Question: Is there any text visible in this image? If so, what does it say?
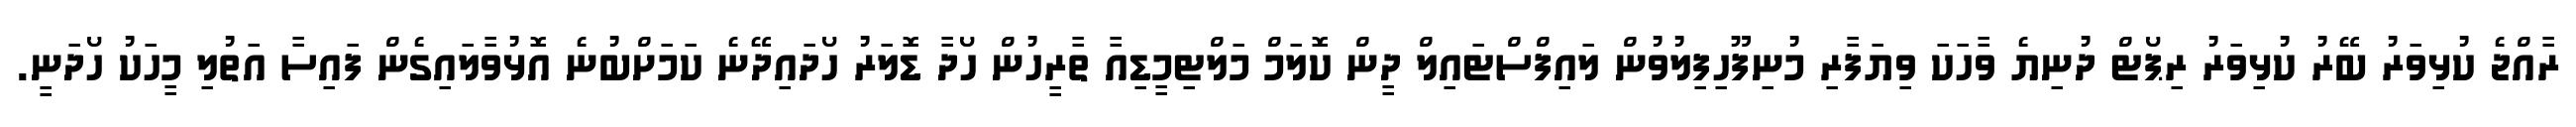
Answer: ރާއްޖެ ކުޅިވަރު ބޭރު ކުޅިވަރު ރިޕޯޓް ދުނިޔެ ވާހަކަ ވިޔަފާރި މުނިފޫހިފިލުވުން ލައިފްސްޓައިލް ދީން ކޮލަމް މަލްޓިމީޑިއާ ތާރީހުން ހޯދާ ޑޮލަރު ހޯދައިދޭނެ ކަމަށްބުނެ އޮޅުވާލައިގެން ފައިސާ އަތުލި މީހަކު ހޯދަނީ.